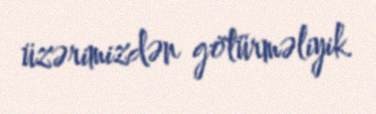
üzərimizdən götürməliyik.